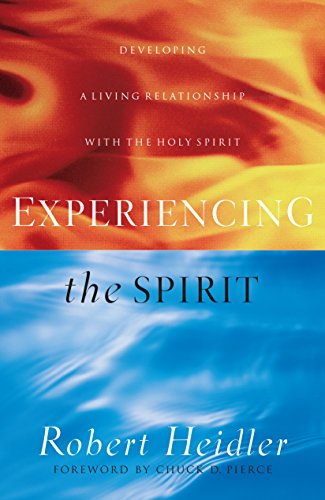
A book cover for Experiencing the Spirit: Developing a Living Relationship with the Holy Spirit; Robert Heidler; Christian Books & Bibles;